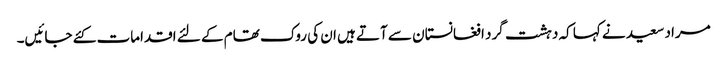
مراد سعید نے کہا کہ دہشت گرد افغانستان سے آتے ہیں ان کی روک تھام کے لئے اقدامات کئے جائیں۔